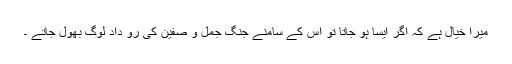
میرا خیال ہے کہ اگر ایسا ہو جاتا تو اس کے سامنے جنگِ جمل و صفین کی رو داد لوگ بھول جاتے ۔